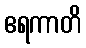
ဧရကာတိ